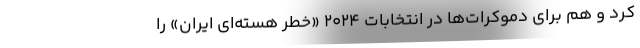
کرد و هم برای دموکرات­‌ها در انتخابات ۲۰۲۴ «خطرِ هسته‌ای ایران» را